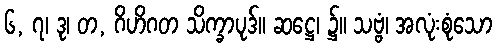
၆, ၇၊ ဒု၊ တ, ဂိဟိဂတ သိက္ခာပုဒ်။ ဆဋ္ဌေ၊ ၌။ သဗ္ဗံ၊ အလုံးစုံသော